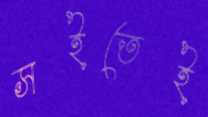
সইতেই